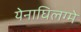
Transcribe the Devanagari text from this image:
येनाघिलग्मे